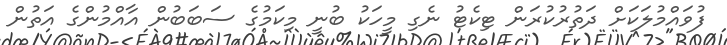
ފުވައްމުލަކަށް ދަތުރުކުރަން ޓިކެޓު ނެގި މީހަކު ބުނީ މިކަމުގެ ސަބަބުން އާއްމުންގެ އަތުން